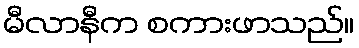
မီလာနီက စကားဖာသည်။